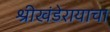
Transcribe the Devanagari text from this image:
श्रीखंडेरायाचा